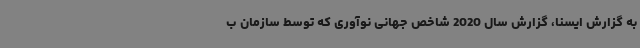
به گزارش ایسنا، گزارش سال 2020 شاخص جهانی نوآوری که توسط سازمان ب